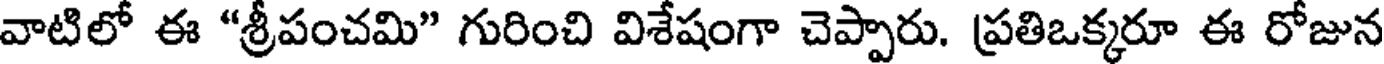
వాటిలో ఈ "శ్రీపంచమి" గురించి విశేషంగా చెప్పారు. ప్రతిఒక్కరూ ఈ రోజున